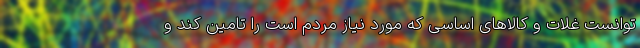
توانست غلات و کالا‌های اساسی که مورد نیاز مردم است را تامین کند و